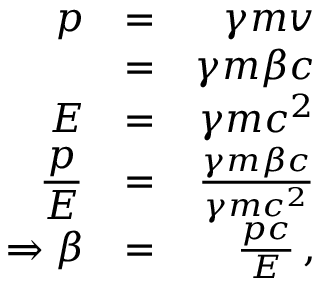
\begin{array} { r l r } { \displaystyle p } & { = } & { \gamma m v } \\ { \displaystyle } & { = } & { \gamma m \beta c } \\ { \displaystyle E } & { = } & { \gamma m c ^ { 2 } } \\ { \displaystyle \frac { p } { E } } & { = } & { \frac { \gamma m \beta c } { \gamma m c ^ { 2 } } } \\ { \displaystyle \Rightarrow \beta } & { = } & { \frac { p c } { E } \, , } \end{array}